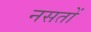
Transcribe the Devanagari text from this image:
नसतों